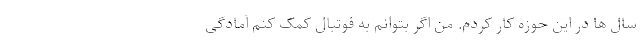
سال ها در این حوزه کار کردم. من اگر بتوانم به فوتبال کمک کنم آمادگی